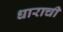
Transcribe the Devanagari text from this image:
धाराची